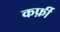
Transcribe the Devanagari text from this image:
कर्फ़ी